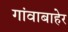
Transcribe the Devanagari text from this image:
गांवाबाहेर